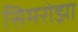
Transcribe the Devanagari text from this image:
सिमरोझा